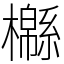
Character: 㰃